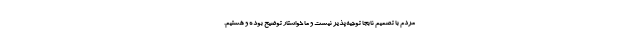
مردم با تصمیم نا‌بجا توجیه‌پذیر نیست و ما خواستار توضیح بوده و هستیم.